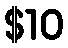
$10